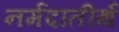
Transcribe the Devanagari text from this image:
नर्मदातीर्थ